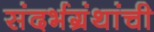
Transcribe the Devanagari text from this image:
संदर्भग्रंथांची